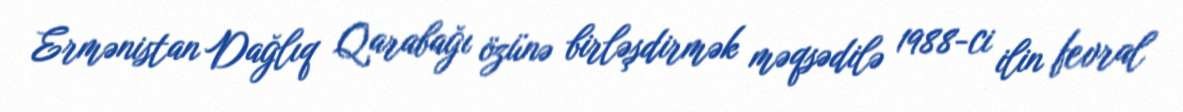
Ermənistan Dağlıq Qarabağı özünə birləşdirmək məqsədilə 1988-ci ilin fevral